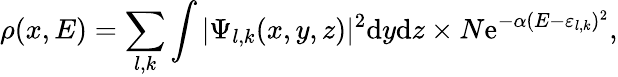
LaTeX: \rho(x,E)=\sum_{l,k}\int|\Psi_{l,k}(x,y,z)|^{2}\mathrm{d}y\mathrm{d}z\times N\mathrm{e}^{-\alpha(E-\varepsilon_{l,k})^{2}},